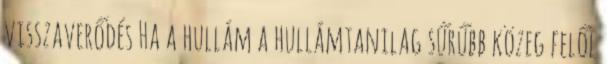
visszaverődés Ha a hullám a hullámtanilag sűrűbb közeg felől